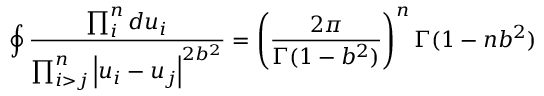
\oint \frac { \prod _ { i } ^ { n } d u _ { i } } { \prod _ { i > j } ^ { n } \left| u _ { i } - u _ { j } \right| ^ { 2 b ^ { 2 } } } = \left( \frac { 2 \pi } { \Gamma ( 1 - b ^ { 2 } ) } \right) ^ { n } \Gamma ( 1 - n b ^ { 2 } )